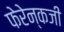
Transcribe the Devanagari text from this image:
फेरेन्कजी